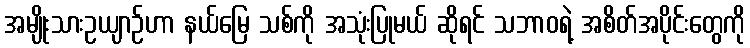
အမျိုးသားဥယျာဉ်ဟာ နယ်မြေ သစ်ကို အသုံးပြုမယ် ဆိုရင် သဘာဝရဲ့ အစိတ်အပိုင်းတွေကို